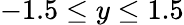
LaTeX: -1.5\leq y\leq 1.5